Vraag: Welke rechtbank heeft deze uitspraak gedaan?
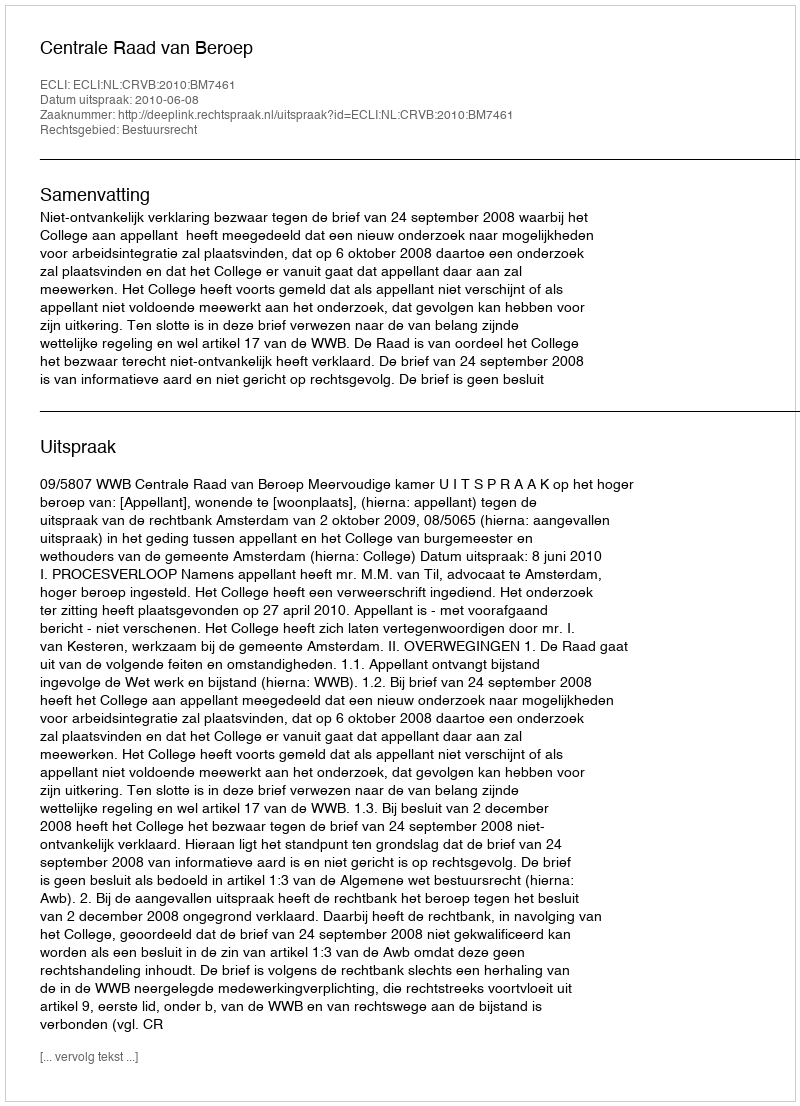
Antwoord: Centrale Raad van Beroep